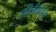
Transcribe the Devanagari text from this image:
सवित्रीबाईंनी